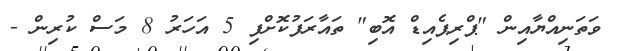
ވަތަނިއްޔާއިން "ޕްރިޕެއިޑް އޮބި" ތައާރަފުކޮށްފި 5 އަހަރު 8 މަސް ކުރިން -